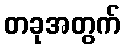
တခုအတွက်